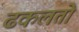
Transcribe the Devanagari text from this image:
ढकलतो